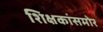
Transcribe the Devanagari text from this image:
शिक्षकांसमोर